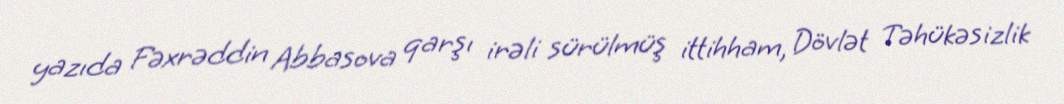
yazıda Fəxrəddin Abbasova qarşı irəli sürülmüş ittihham, Dövlət Təhükəsizlik